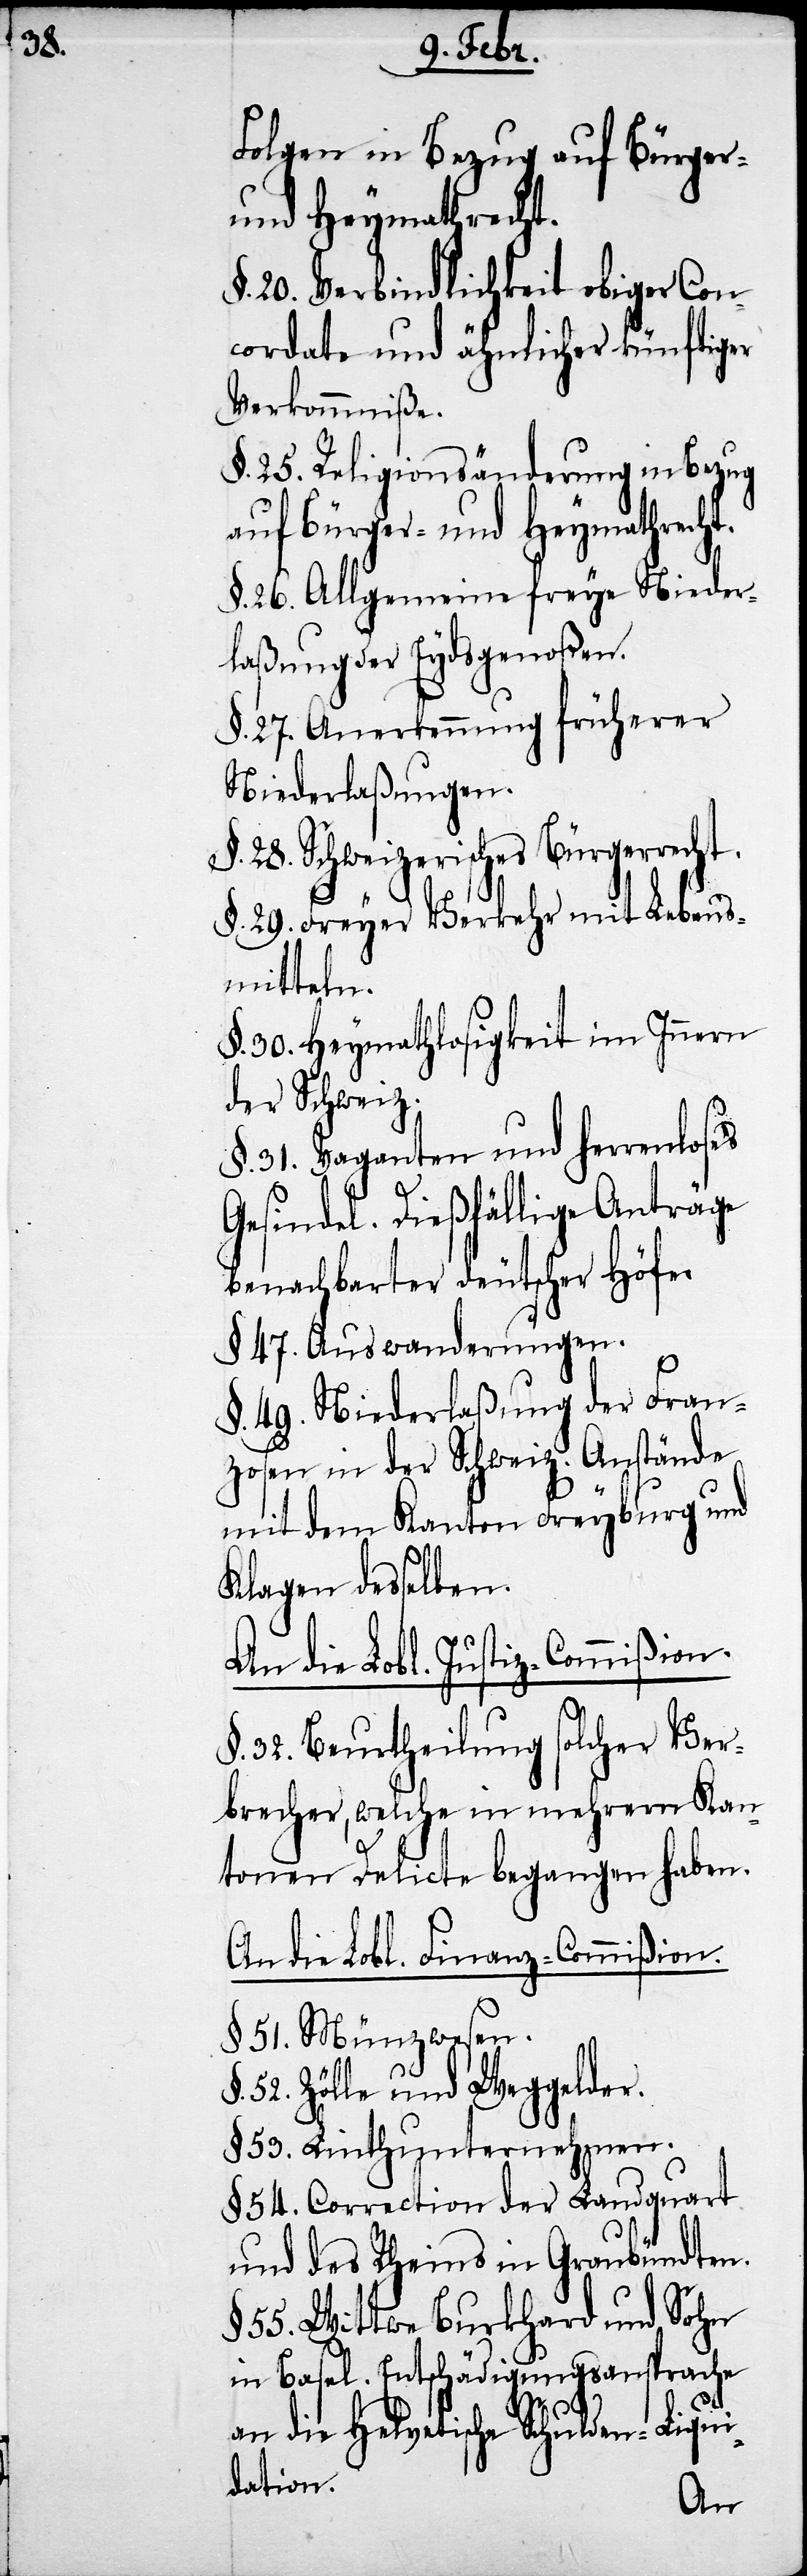
22.

Folgen in Bezug auf Bürger-
und Heymathrecht.
§. 20. Verbindlichkeit obiger Con¬
cordate und ähnlicher künftiger
Verkommniße.
§. 25. Religionsänderung in Bezug
auf Bürger- und Heymathrecht.
§. 26. Allgemeine freye Nieder¬
laßung der Eydsgenoßen.
§. 27. Anerkennung früherer
Niederlaßungen.
§. 28. Schweizerisches Bürgerrecht.
§. 29. Freyer Verkehr mit Lebens¬
mitteln.
§. 30. Heymathlosigkeit im Innern
der Schweiz.
§. 31. Vaganten und herrenloses
Gesindel. Dießfällige Anträge
benachbarter Deutscher
§. 47. Auswanderungen.
§. 49. Niederlaßung der Fran¬
zosen in der Schweiz. Anstände
mit dem Kanton Freyburg und
Klagen desselben.
An die Lobl. Justiz-Commißion.
§. 32. Beurtheilung solcher Ver¬
brecher, welche in mehrern Kan¬
tonen Delicte begangen haben.
An die Lobl. Finanz-Commißion
§. 51. Münzwesen.
52. Zölle und Weggelder.
§. 53. Linthunternehmen.
54. Correction der Landquart
und des Rheins in Graubündten.
55 Wittwe Burkhard und Sohn
in Basel. Entschädigungsansprache
an die Helvetische